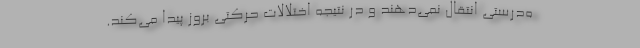
ه‌درستی انتقال نمی‌دهند و در نتیجه اختلالات حرکتی بروز پیدا می‌کند.